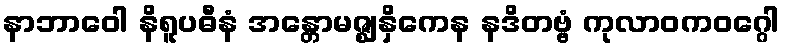
နာဘာဝေါ နိရူပဓီနံ အန္တောမဇ္ဈနှိကေန နဒိတဗ္ဗံ ကုလာဝကဝဂ္ဂေါ